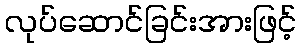
လုပ်ဆောင်ခြင်းအားဖြင့်